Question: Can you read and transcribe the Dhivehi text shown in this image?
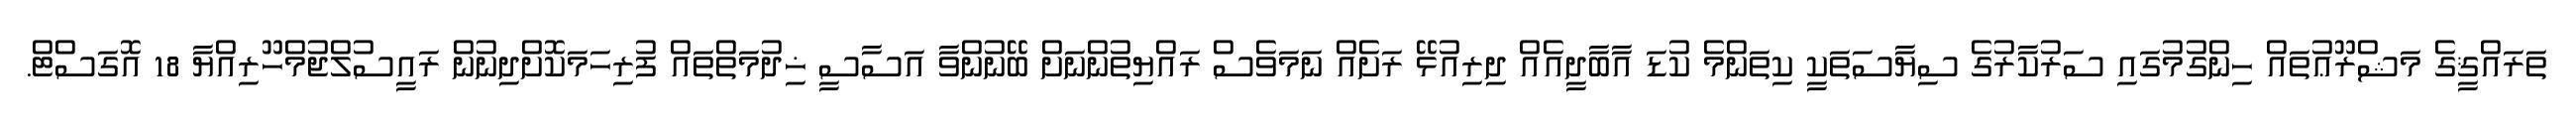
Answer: ތަރައްޤީގެ މަޝްރޫޢުތައް ހިންގުމުގައި ސަރުކާރުގެ ސިޔާސަތަކީ ކިތަންމެ ކުޑަ އާބާދީއެއް ދިރިއުޅޭ ރަށެއް ނަމަވެސް ރައްޔިތުންނަށް ބޭނުންވާ އަސާސީ ޚިދުމަތްތައް ފުރިހަމަކޮށްދިނުން ރައީސުލްޖުމްހޫރިއްޔާ 18 އޮގަސްޓް.